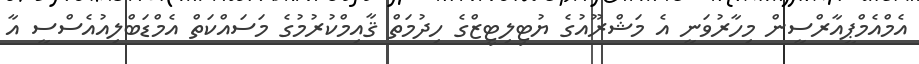
އެމްއެމްޕީއާރްސީން މިހާރުވަނީ އެ މަޝްރޫއުގެ ޔުޓިލިޓީޒްގެ ހިދުމަތް ޤާއިމްކުރުމުގެ މަސައްކަތް އެމްޑަބްލިއުއެސްސީ އާ